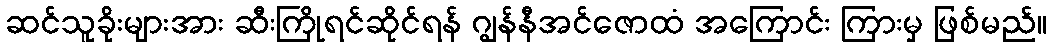
ဆင်သူခိုးများအား ဆီးကြိုရင်ဆိုင်ရန် ဂျွန်နီအင်ဇောထံ အကြောင်း ကြားမှ ဖြစ်မည်။